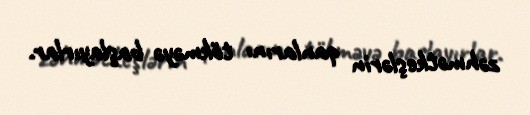
zəhmətkeşlərin qanlarını tökməyə başlayırlar.